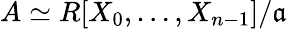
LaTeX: A\simeq R[X_{0},\dotsc,X_{n-1}]/{\mathfrak{a}}